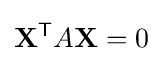
\mathbf {X} ^{\mathsf {T}}A\mathbf {X} =0